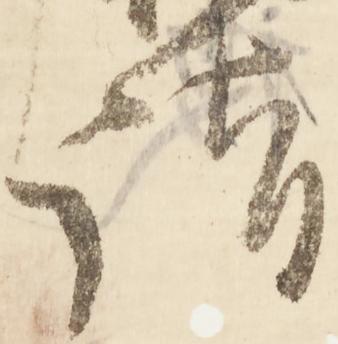
詣